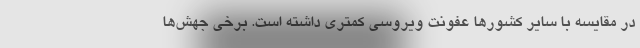
در مقایسه با سایر کشورها عفونت ویروسی کمتری داشته است. برخی جهش‌ها